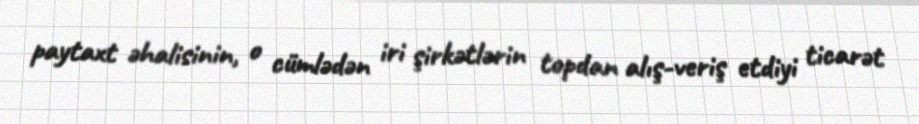
paytaxt əhalisinin, o cümlədən iri şirkətlərin topdan alış-veriş etdiyi ticarət